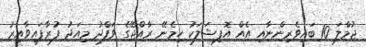
ޖުމްލަ 10 ބައިވެރިންނާއި އެއް އޮފިޝަލަކު ހިމެނޭ ރާއްޖޭގެ ވަފްދު މިއަދު ފުރާފައިވާއިރު